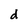
Character: d